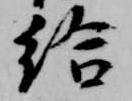
給